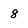
Character: 8